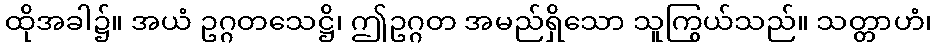
ထိုအခါ၌။ အယံ ဥဂ္ဂတသေဋ္ဌိ၊ ဤဥဂ္ဂတ အမည်ရှိသော သူကြွယ်သည်။ သတ္တာဟံ၊